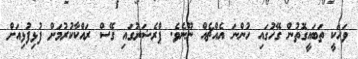
ވަހަކީ ތަބައީގޮތުން ގޭހުގައި ހުންނަ އެއްޗެއް ނޫނެވެ. ޕްރެޝަރުގައި ގޭސް ރައްކާކުރުމަށް ފުޅިފުޅިއަށް